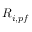
R _ { i , p f }